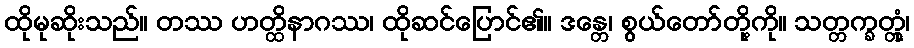
ထိုမုဆိုးသည်။ တဿ ဟတ္ထိနာဂဿ၊ ထိုဆင်ပြောင်၏။ ဒန္တေ၊ စွယ်တော်တို့ကို။ သတ္တက္ခတ္တုံ၊